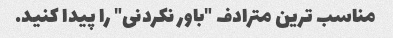
مناسب ترین مترادف "باور نکردنی" را پیدا کنید.